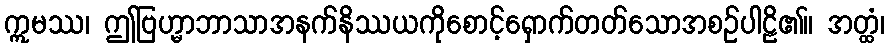
ဣမဿ၊ ဤဗြဟ္မာဘာသာအနက်နိဿယကိုစောင့်ရှောက်တတ်သောအစဉ်ပါဠိ၏။ အတ္ထံ၊